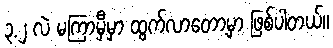
၃.၂ လဲ မကြာမှီမှာ ထွက်လာတော့မှာ ဖြစ်ပါတယ်။